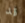
قد